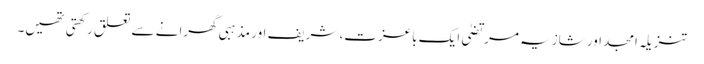
تنزیلہ امجد اور شازیہ مرتضیٰ ایک باعزت، شریف اور مذہبی گھرانے سے تعلق رکھتی تھیں۔